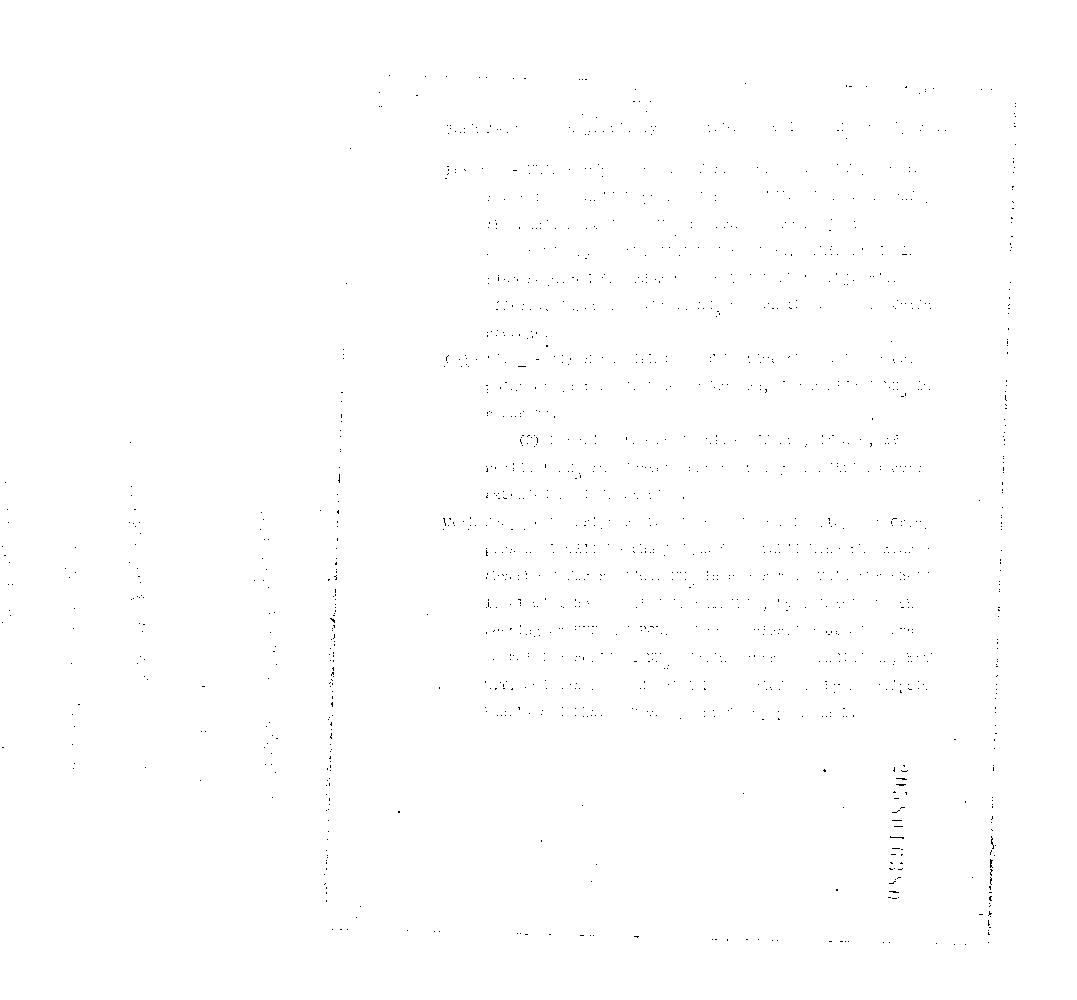
awe a
 eddie awaits nee a
 PROJECT 1801 3
 -s- -
 - Task A~10 =. Subjec
 Purpose ~ This study is required as part of the ET program in
 order to establish production specifications concerning |
 the maximum residual NH tolerable for subjective
 accpetability of the finished product. This study is
 also required in order to establish what subjective
 effects, if, any, residual NH, has on the cigarets during
 storage.
 Objectives - (1) Establish the subjective threshold or the
 point of.just noticable difference, for residual NH in
 cigarets. .
 (2) Describe the subjective effects, if any, of
 residual NH, in cigarets under storage conditions over
 extended periods of time,
 Work Scope ~ Descriptive Panels and Flavor Development Group
 personnel will be the judges in establishing the averege
 threshold for residual NH, in cigarets. This threshold
 level will be varified if possible, by Triangle Booth
 testing at SEF and POL. Characterization of cigarets
 containing residual NH, » during storage conditions, both
 R.T. and accelerated, will be carried out by Descriptive
 Panels and Flavor Development Group personnel,
 O8E9T08S0z
 nthe